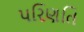
પરિણતિ